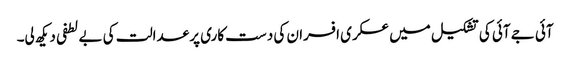
آئی جے آئی کی تشکیل میں عسکری افسران کی دست کاری پر عدالت کی بے لطفی دیکھ لی۔